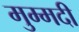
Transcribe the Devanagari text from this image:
मुम्मदी